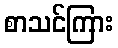
စာသင်ကြား